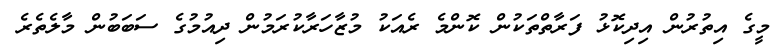
މީގެ އިތުރުން އިދިކޮޅު ފަރާތްތަކުން ކޮންމެ ރެއަކު މުޒާހަރާކުރަމުން ދިއުމުގެ ސަބަބުން މާލެތެރެ